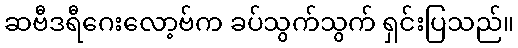
ဆဗီဒရီဂေးလော့ဗ်က ခပ်သွက်သွက် ရှင်းပြသည်။